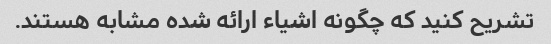
تشریح کنید که چگونه اشیاء ارائه شده مشابه هستند.